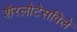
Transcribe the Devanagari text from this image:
शैरलोटेसविले